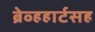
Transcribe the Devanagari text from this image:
ब्रेव्हहार्टसह